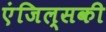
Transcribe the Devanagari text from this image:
एंजिल्सकी